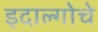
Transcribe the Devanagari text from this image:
इदाल्गोचे